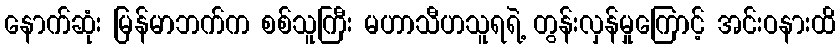
နောက်ဆုံး မြန်မာဘက်က စစ်သူကြီး မဟာသီဟသူရရဲ့ တွန်းလှန်မှုကြောင့် အင်းဝနားထိ